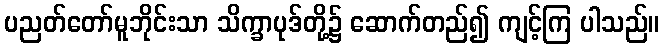
ပညတ်တော်မူဘိုင်းသာ သိက္ခာပုဒ်တို့၌ ဆောက်တည်၍ ကျင့်ကြ ပါသည်။